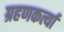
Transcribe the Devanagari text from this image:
ग्रहणकर्त्या